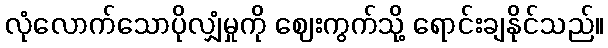
လုံလောက်သောပိုလျှံမှုကို ဈေးကွက်သို့ ရောင်းချနိုင်သည်။